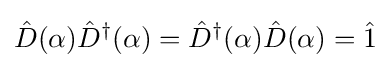
{\hat {D}}(\alpha ){\hat {D}}^{\dagger }(\alpha )={\hat {D}}^{\dagger }(\alpha ){\hat {D}}(\alpha )={\hat {1}}